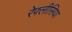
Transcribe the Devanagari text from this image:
रेफ्लीसिया